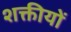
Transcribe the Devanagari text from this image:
शक्तीयों